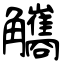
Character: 觿